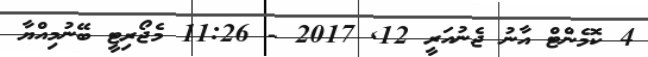
4 ކޮމެންޓް އާނު ޖެނުއަރީ 12